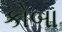
કોબા